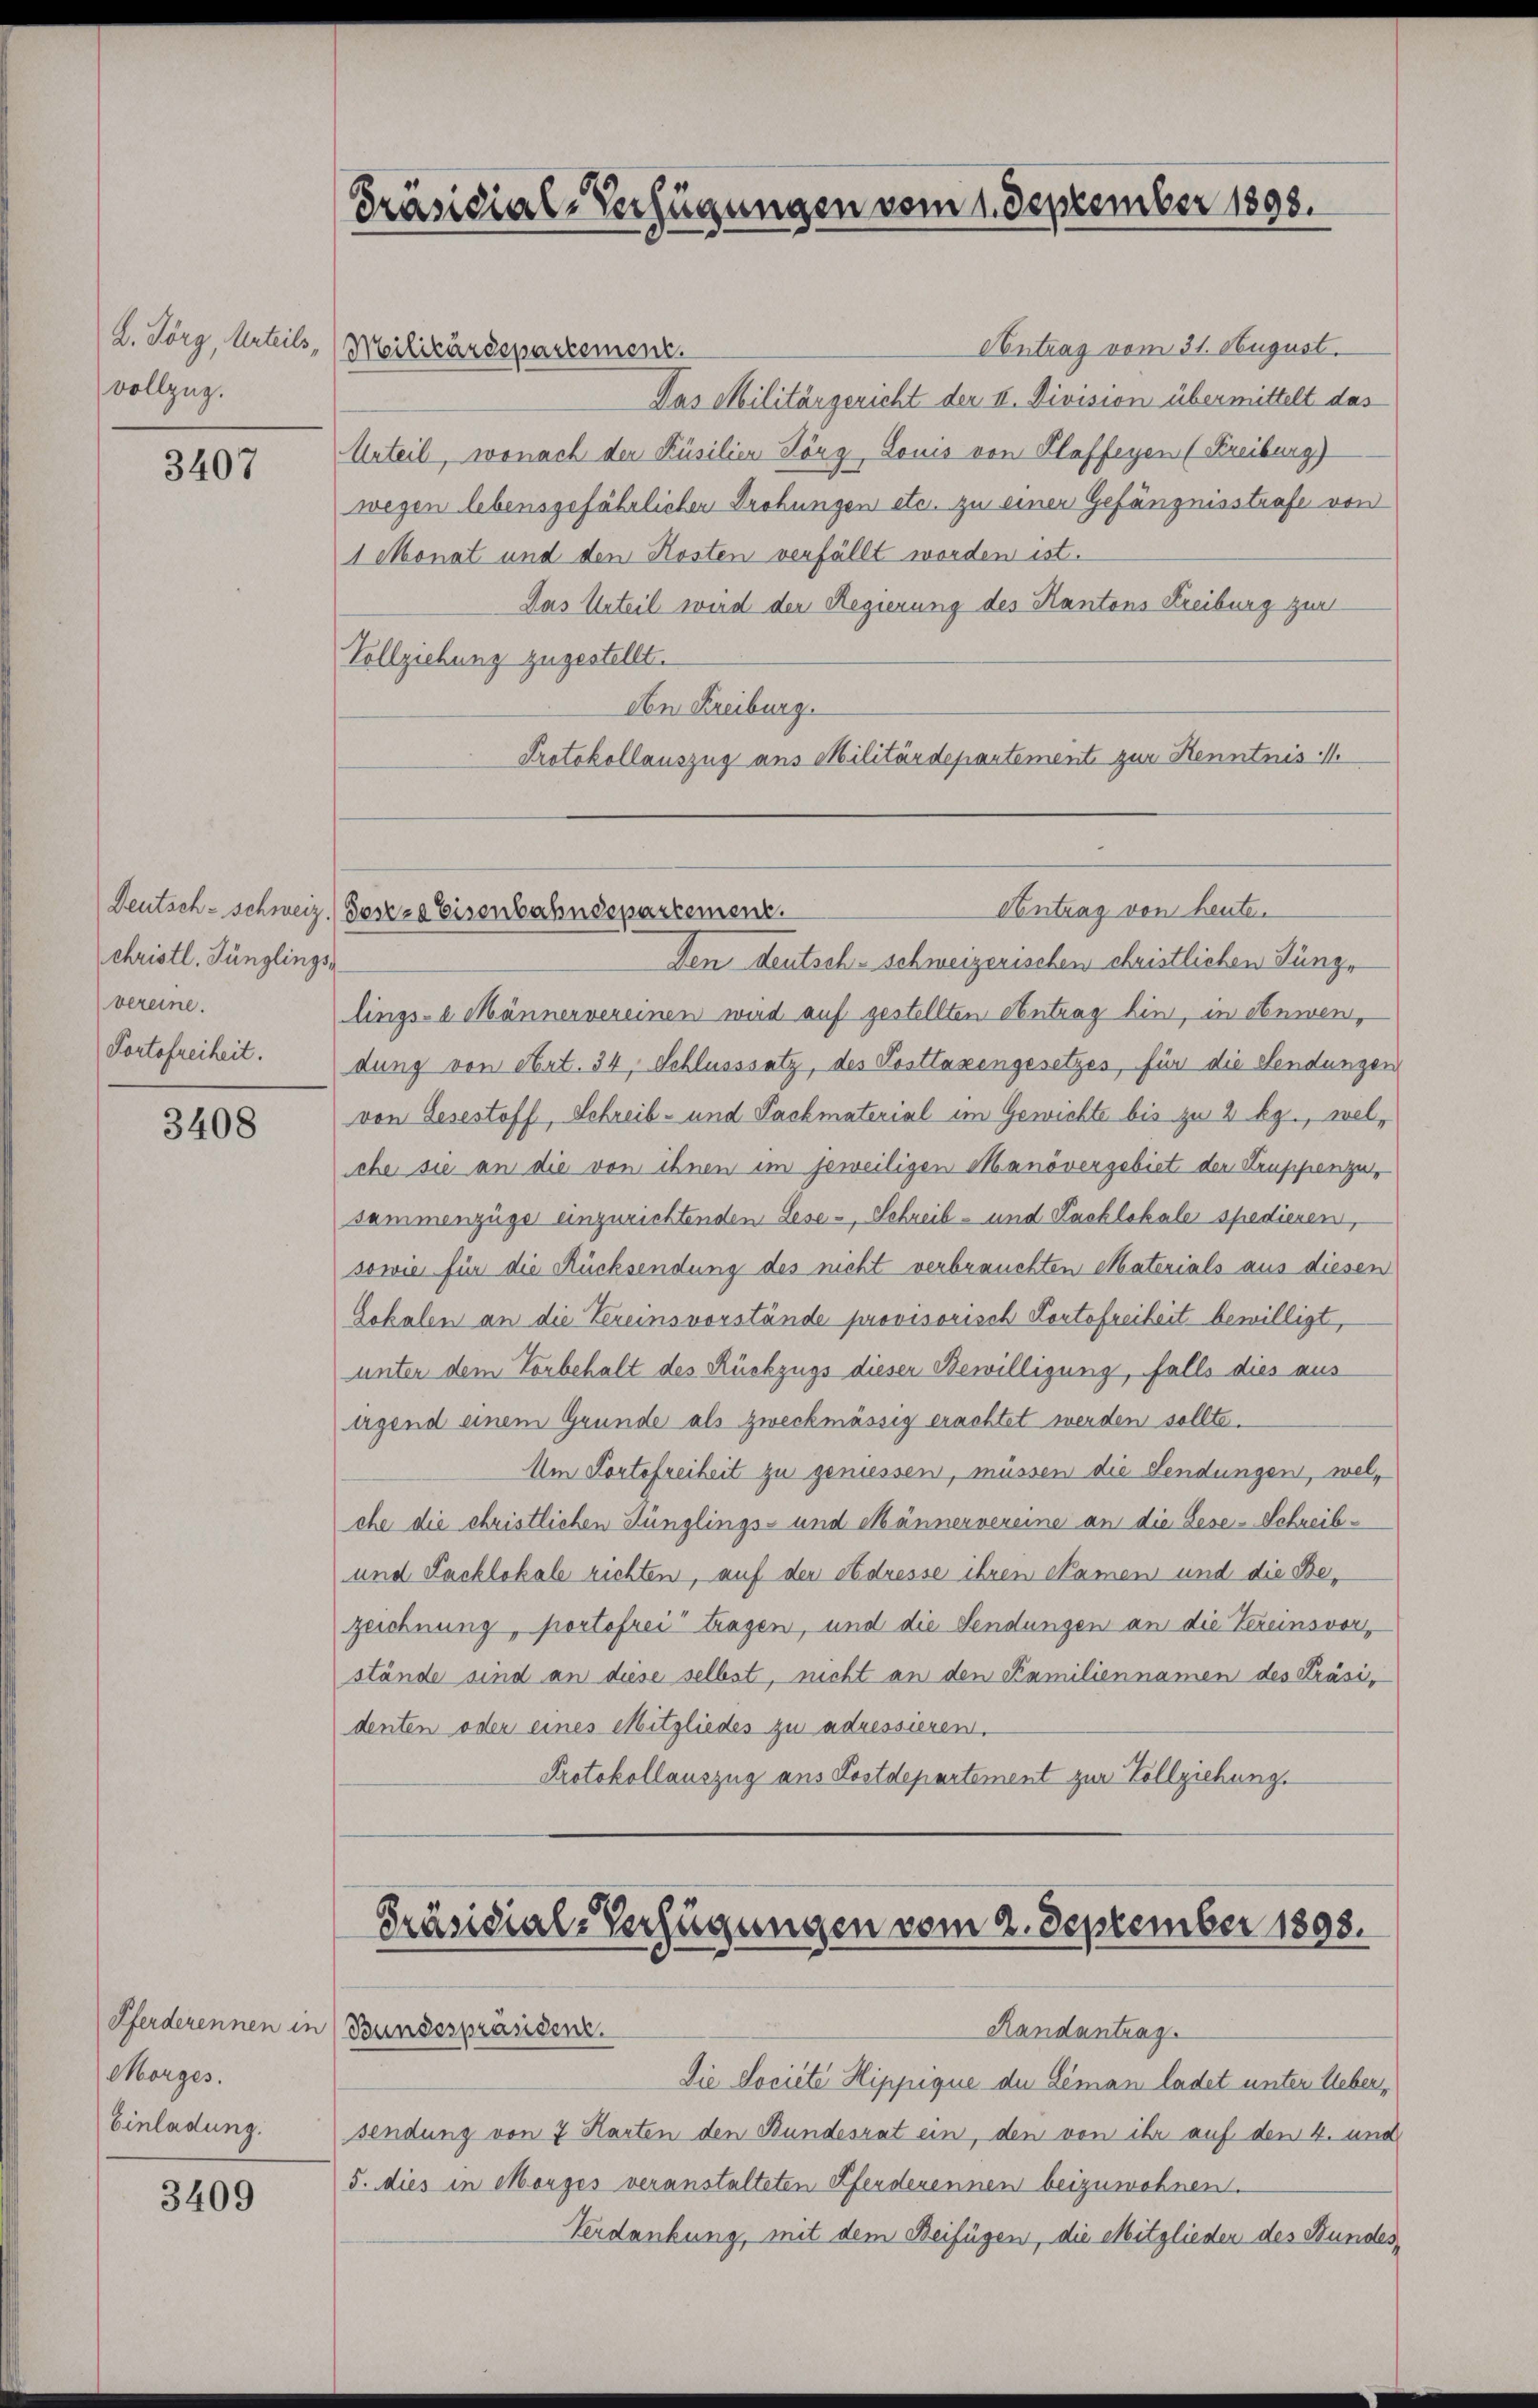
vollzug.

3407

christl. Jünglings-
vereine.
Portofreiheit.

3408

Morges.
Einladung.

3409

L. Förg, Urteils, (Meilikarsspassement.
Antrag vom 31. August.
Das Militärgericht der II. Division übermittelt das
Urteil, wonach den Küsilien Köng, Louis von Plaffeyen (Freiburg)
wegen lebensgefährlichen Drohungen etc. zu einer Gefängnisstrafe von
1 Monat und den Kosten verfällt worden ist.
Das Urteil wird der Regierung des Kantons Freiburg zur
Vollziehung zugestellt.
An Freiburg.
Protokollauszug aus Militärdepartement zur Kenntnis I

Präsidial-Verfügungen vom 1. September 1893.

Deutsch-schweiz. Postea Eisenbahndepartement.

Den Deutsch-schweizerischen christlichen Jünge
lings-e Männer vereinen wird auf gestellten Antrag hin, in Anwen,
dung von Art. 34, Schlusssatz, des Posttaxengesetzes, für die Sendungen
von Lesestoff, Schreib- und Pachmaterial im Gewichte bis zu 2 bg., welche sie an die von ihnen im jeweiligen Manövergebiet der Kruppenze,
sammenzüge einzurichtenden Lese-, Schreib- und Packlokale spedienen,
sowie für die Rücksendung des nicht verbrauchten Materials aus diesen
Lokalen an die Vereinsvorstände provisorisch Portofreiheit bewilligt,
unter dem Vorbehalt des Rückzugs dieser Bewilligung, falls dies aus
agend einem Grunde als zweckmässig erachtet werden sollte.
Am Portofreiheit zu geniessen, müssen die Sendungen, welche die christlichen Jünglings- und Männervereine an die Bese-Schreib¬
und Packlokale richten, auf der Adresse ihren Namen und die Bezeichnung, portofrei tragen, und die Sendungen an die Vereinsvorstände sind an diese selbst, nicht an den Familiennamen des Präsi-
denten oder eines Mitgliedes zu adressieren,
Protokollauszug aus Postdepartement zur Vollziehung.

Antrag von heute.

Präsidial-Verfügungen vom 2. September 1898.
Pferderennen in Bundespräsiden.
Randantrag

Die Societe Hippique der Liman ladet unter Uebersendung von 7 Harten den Bundesrat ein, den von ihr auf den 4. und
5. dies in Morges veranstalteten Pferderennen beizuwohnen.
Verdankung, mit dem Beifügen, die Mitglieder des Bundes,